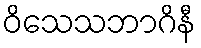
ဝိသေသဘာဂိနီ